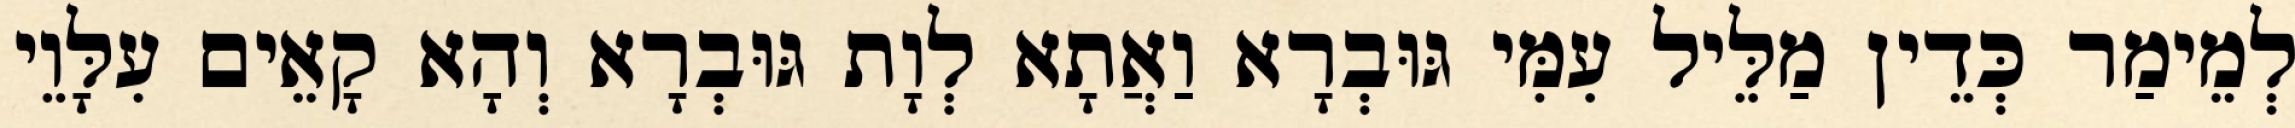
לְמֵימַר כְּדֵין מַלֵּיל עִמִּי גּוּבְרָא וַאֲתָא לְוָת גּוּבְרָא וְהָא קָאֵים עִלָּוֵי